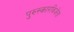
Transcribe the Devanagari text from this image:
पुरुस्कारविजेता